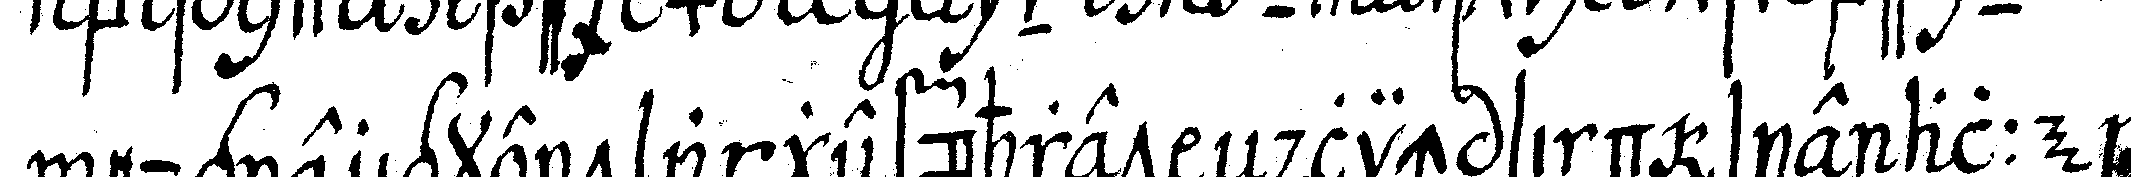
neugierigkeit angeführet eNdlich sind sie alle